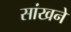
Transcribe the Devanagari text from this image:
सांखने